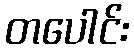
တပေါင်း